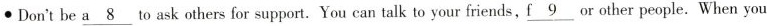
Dot't be \underline{a8}to ask others for support.. You can talk your friends , \underline{f9}or other people. When you